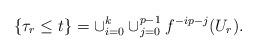
LaTeX: \begin{align*}\{ \tau_r \le t \} = \cup_{i=0}^k \cup_{j=0}^{p-1} f^{-ip-j}(U_r) .\end{align*}